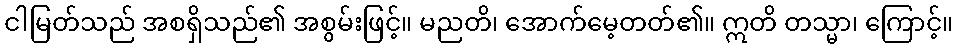
ငါမြတ်သည် အစရှိသည်၏ အစွမ်းဖြင့်။ မညတိ၊ အောက်မေ့တတ်၏။ ဣတိ တသ္မာ၊ ကြောင့်။